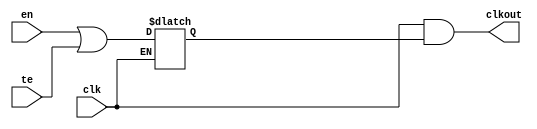
// This program was cloned from: https://github.com/chipsalliance/aib-phy-hardware
// License: Apache License 2.0

// SPDX-License-Identifier: Apache-2.0
// Copyright (C) 2019 Intel Corporation. 
module aibndpnr_dll_atech_clkgate_cgc01
(
    input    wire   clk,
    input    wire   en,
    input    wire   te,
    output   wire   clkout
);

wire    d;
reg     o;

assign  d = en | te;

always @ (d, clk)
    begin
       if (~clk)
          begin
             o <=d;
          end
    end 

assign clkout = clk & o;



endmodule